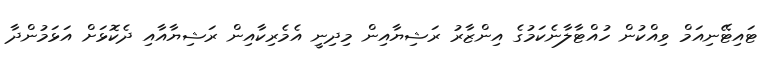
ޓައިޓޭނިއަމް ވިއްކުން ހުއްޓާލާނެކަމުގެ އިންޒާރު ރަޝިޔާއިން މިދިނީ އެމެރިކާއިން ރަޝިޔާއާއި ދެކޮޅަށް އަޅަމުންދާ